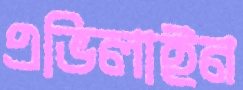
এভিলাইন